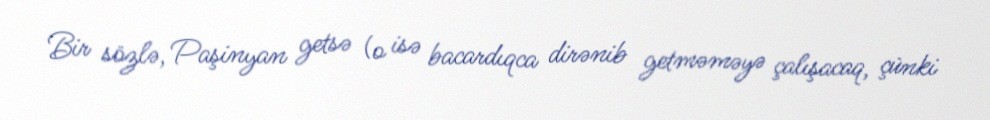
Bir sözlə, Paşinyan getsə (o isə bacardıqca dirənib getməməyə çalışacaq, çünki